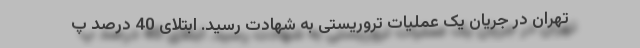
تهران در جریان یک عملیات تروریستی به شهادت رسید. ابتلای 40 درصد پ